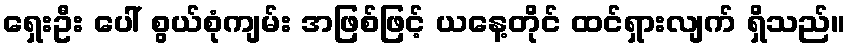
ရှေးဦး ပေါ် စွယ်စုံကျမ်း အဖြစ်ဖြင့် ယနေ့တိုင် ထင်ရှားလျက် ရှိသည်။